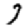
Digit: 3